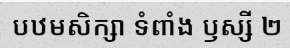
បឋមសិក្សា ទំពាំង ឫស្សី ២